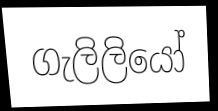
ගැලිලියෝ